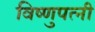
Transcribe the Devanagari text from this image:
विष्णुपत्नी